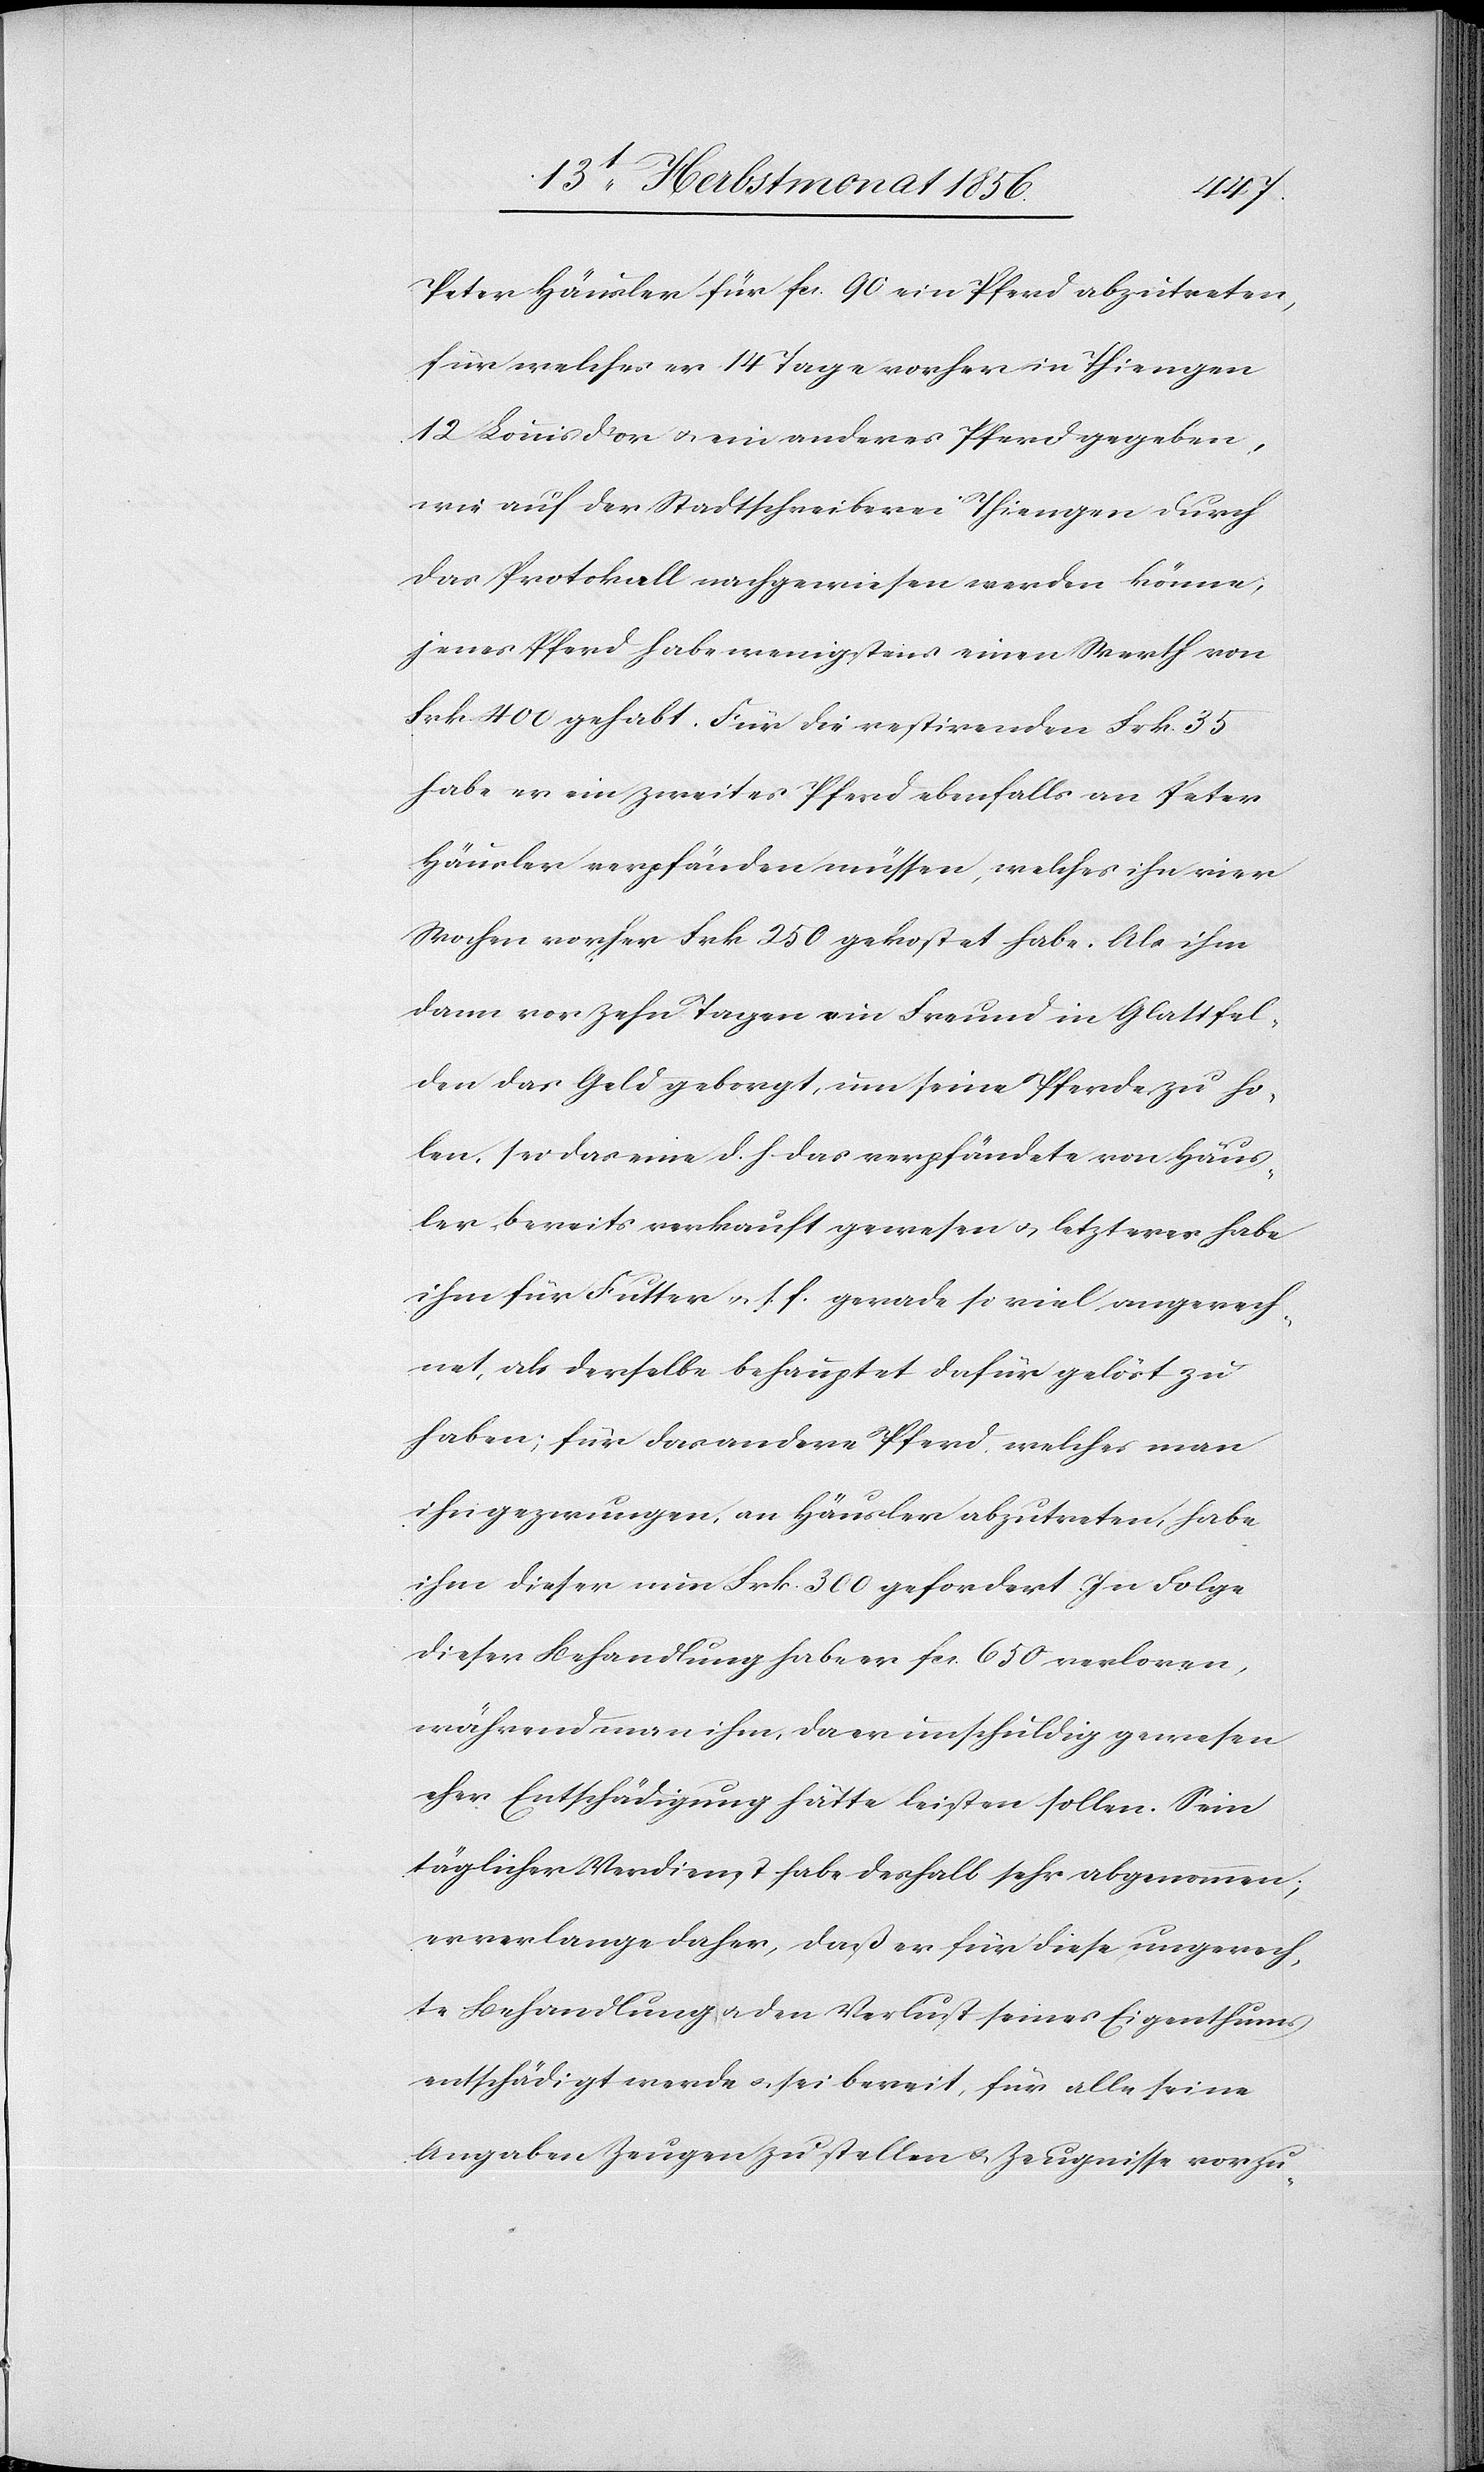
Peter Häusler für fcs. 90 ein Pferd abzutreten,
für welches er 14 Tage vorher in Thiengen
12 Louis d'or u. ein anderes Pferd gegeben,
wie auf der Stadtschreiberei Thiengen durch
das Protokoll nachgewiesen werden könne;
jenes Pferd habe wenigstens einen Werth von
Frk. 400 gehabt. Für die restirenden Frk. 35
habe er ein zweites Pferd ebenfalls an Peter
Häusler verpfänden müssen, welches ihn vier
Wochen vorher Frk. 250 gekostet habe. Als ihm
dann vor zehn Tagen ein Freund in Glattfel¬
den das Geld geborgt, um seine Pferde zu ho¬
len, sei das eine d. h. das verpfändete von Häus¬
ler bereits verkauft gewesen u. letzterer habe
ihm für Futter u. s. f. gerade so viel angerech¬
net, als derselbe behauptet dafür gelöst zu
haben; für das andere Pferd, welches man
ihn gezwungen, an Häusler abzutreten, habe
ihm dieser nun Frk. 300 gefordert. In Folge
dieser Behandlung habe er fcs. 650 verloren,
während man ihm, da er unschuldig gewesen
eher Entschädigung hätte leisten sollen. Sein
täglicher Verdienst habe deshalb sehr abgenommen;
er verlange daher, daß er für diese ungerech¬
te Behandlung u. den Verlust seines Eigenthums
entschädigt werde u. sei bereit, für alle seine
Angaben Zeugen zu stellen u. Zeugnisse vorzu-